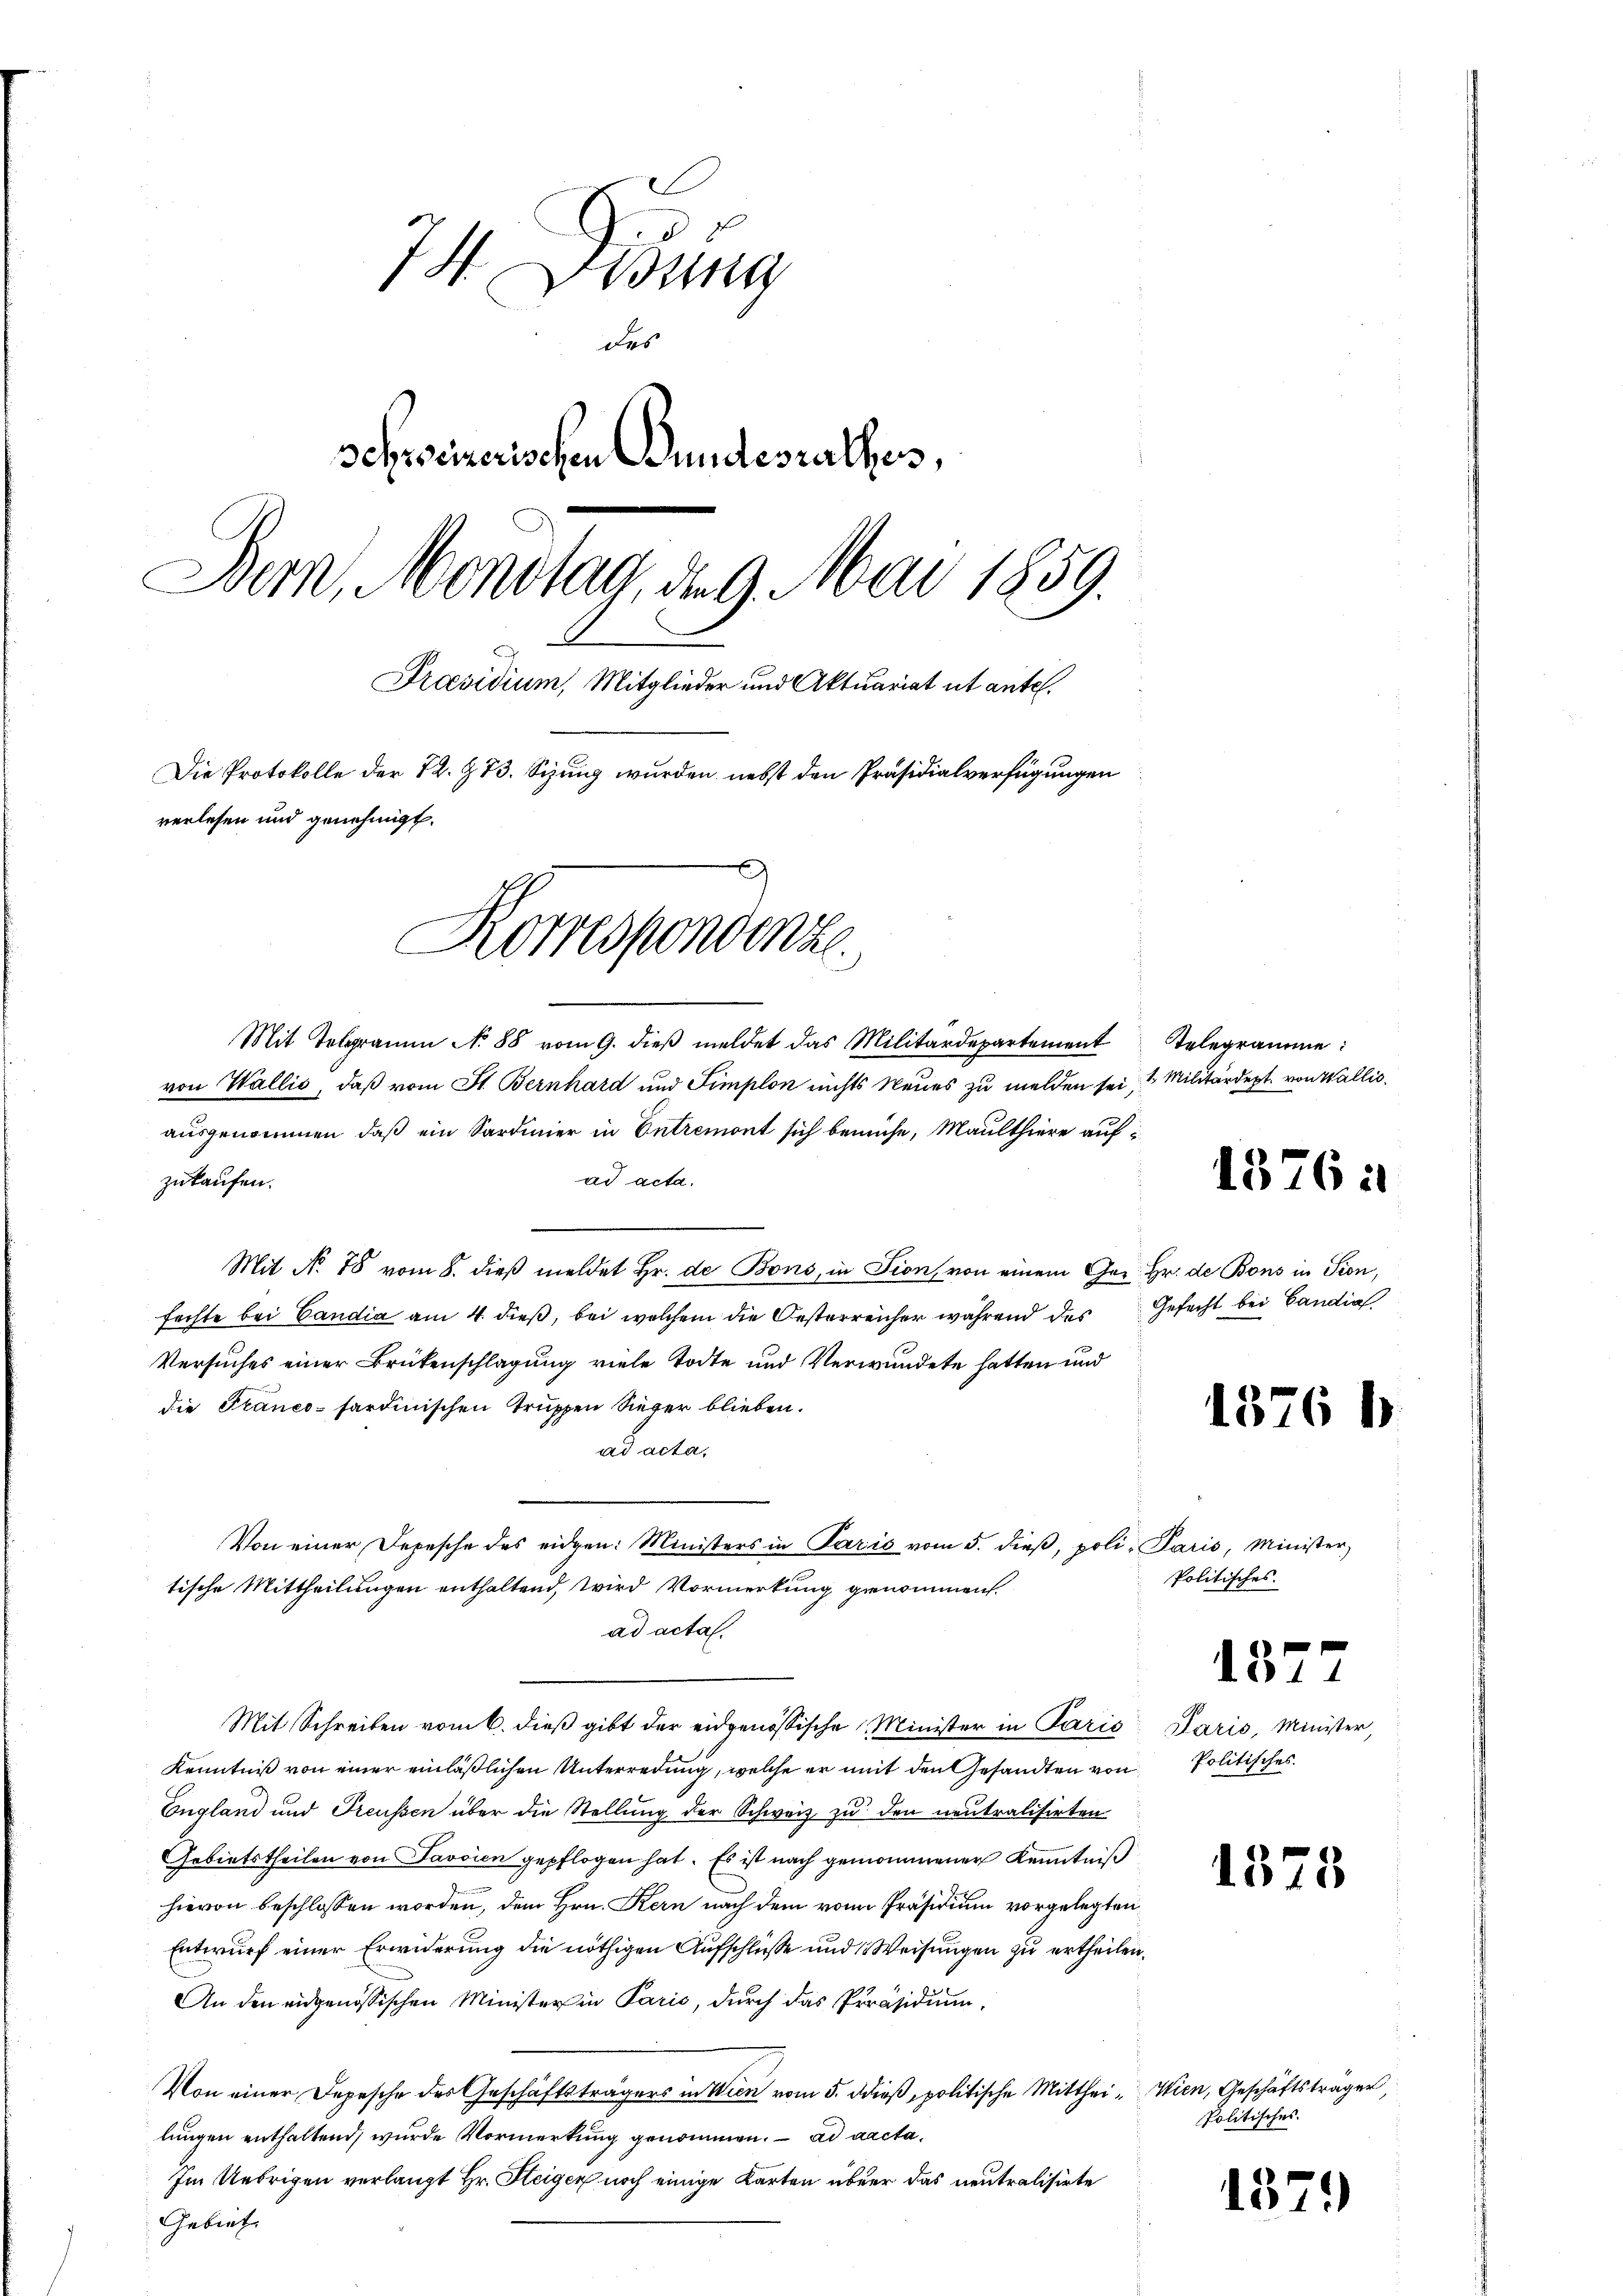
74. Debung
Des
Schreizerischen Bundesrathes,
Bern, Mondtag, der 9. Mai 1859.
Praesidium, Mitglieder und Aktuariat ut antel.
Die Protokolle der 72. 373. Sizung wurden nebst den Präsidialverfügungen
verlesen und genehmigt.
Korrespondenze.

Mit Telegramm No 88 vom 9. dieβ meldet das Militärdepartement telegramme
von Wallis, daß vom St. Bernhard und Simplon nichts Neues zu melden sei, 1 Militärdept. von Wallis.
ausgenommen, daß ein Sardinier in Entremont sich bemühe, Maulthiere aufad acta.
zukaufen.
Mit No. 78 vom 8. dieß meldet Hr. de Bons, in Tion, von einem Ger. Hr. de Bons in Pion,
fechte bei Candia am 4. dieß, bei welchem die Oesterreicher während des Gefecht bei Candia
Versuches einer Brükenschlagung viele Todte und Verwundete hatten und
die Franco-sardinischen Truppen Sieger blieben.
ad acta,
Von einer Depesche des eidgen: Ministers in Paris vom 5. dieβ, poli-Paris, Minister,
tische Mittheilungen enthaltend, wird Vormerkung genommen.
ad acta.
Mit Schreiben vom 6. dieß gibt der eidgenössische Minister in Paris
Kenntniß von einer einläßlichen Unterredung, welche er mit den Gesandten von
England und Treussen über die Stellung der Schweiz zu den neutralisirten
Gebietstheilen von Savoien gepflogen hat. Es ist nach genommener Kenntniß
hievon beschlossen worden, dem Hrn. Kern nach dem von Präsidium vorgelegten
Entwurf einer Erwiderung die nöthigen Aufschlüsse und Weisungen zu ertheilen.
An den eidgenössischen Minister in Paris, durch das Präsidium,
Von einer Depesche des Geschäftsträgers in Wien vom 5. dieß, politische Mitthei- Wien, Geschäftsträger,
lungen enthaltend, wurde Vormerkung genommen. ad acta¬
Im Uebrigen verlangt Hr. Steiger noch einige Karten über das neutralisirte
Gebiet

Politisches.

Paris, Minister,
Politisches.

Politisches.

13764

1376 b

1377

15

1

1379